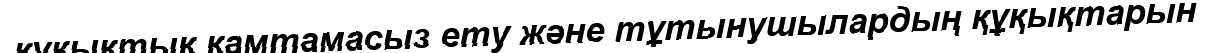
құқықтық қамтамасыз ету және тұтынушылардың құқықтарын